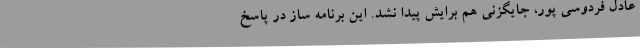
عادل فردوسی پور، جایگزنی هم برایش پیدا نشد. این برنامه ساز در پاسخ